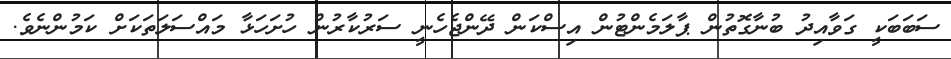
ސަބަބަކީ ގަވާއިދު ބުނާގޮތުން ޕާލަމެންޓުން އިސްކަން ދޭންޖެހެނީ ސަރުކާރުން ހުށަހަޅާ މައްސަލަތަކަށް ކަމުންނެވެ.